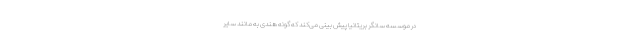
در موسسه سانگر بریتانیا پیش بینی می‌کند که گونه هندی به مانند سایر